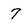
Character: 7